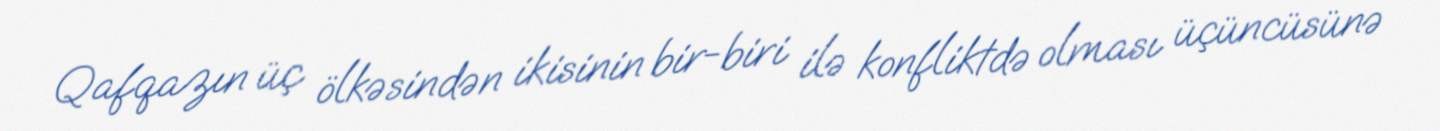
Qafqazın üç ölkəsindən ikisinin bir-biri ilə konfliktdə olması üçüncüsünə